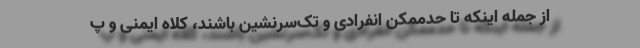
از جمله اینکه تا حدممکن انفرادی و تک‌سرنشین باشند، کلاه ایمنی و پ